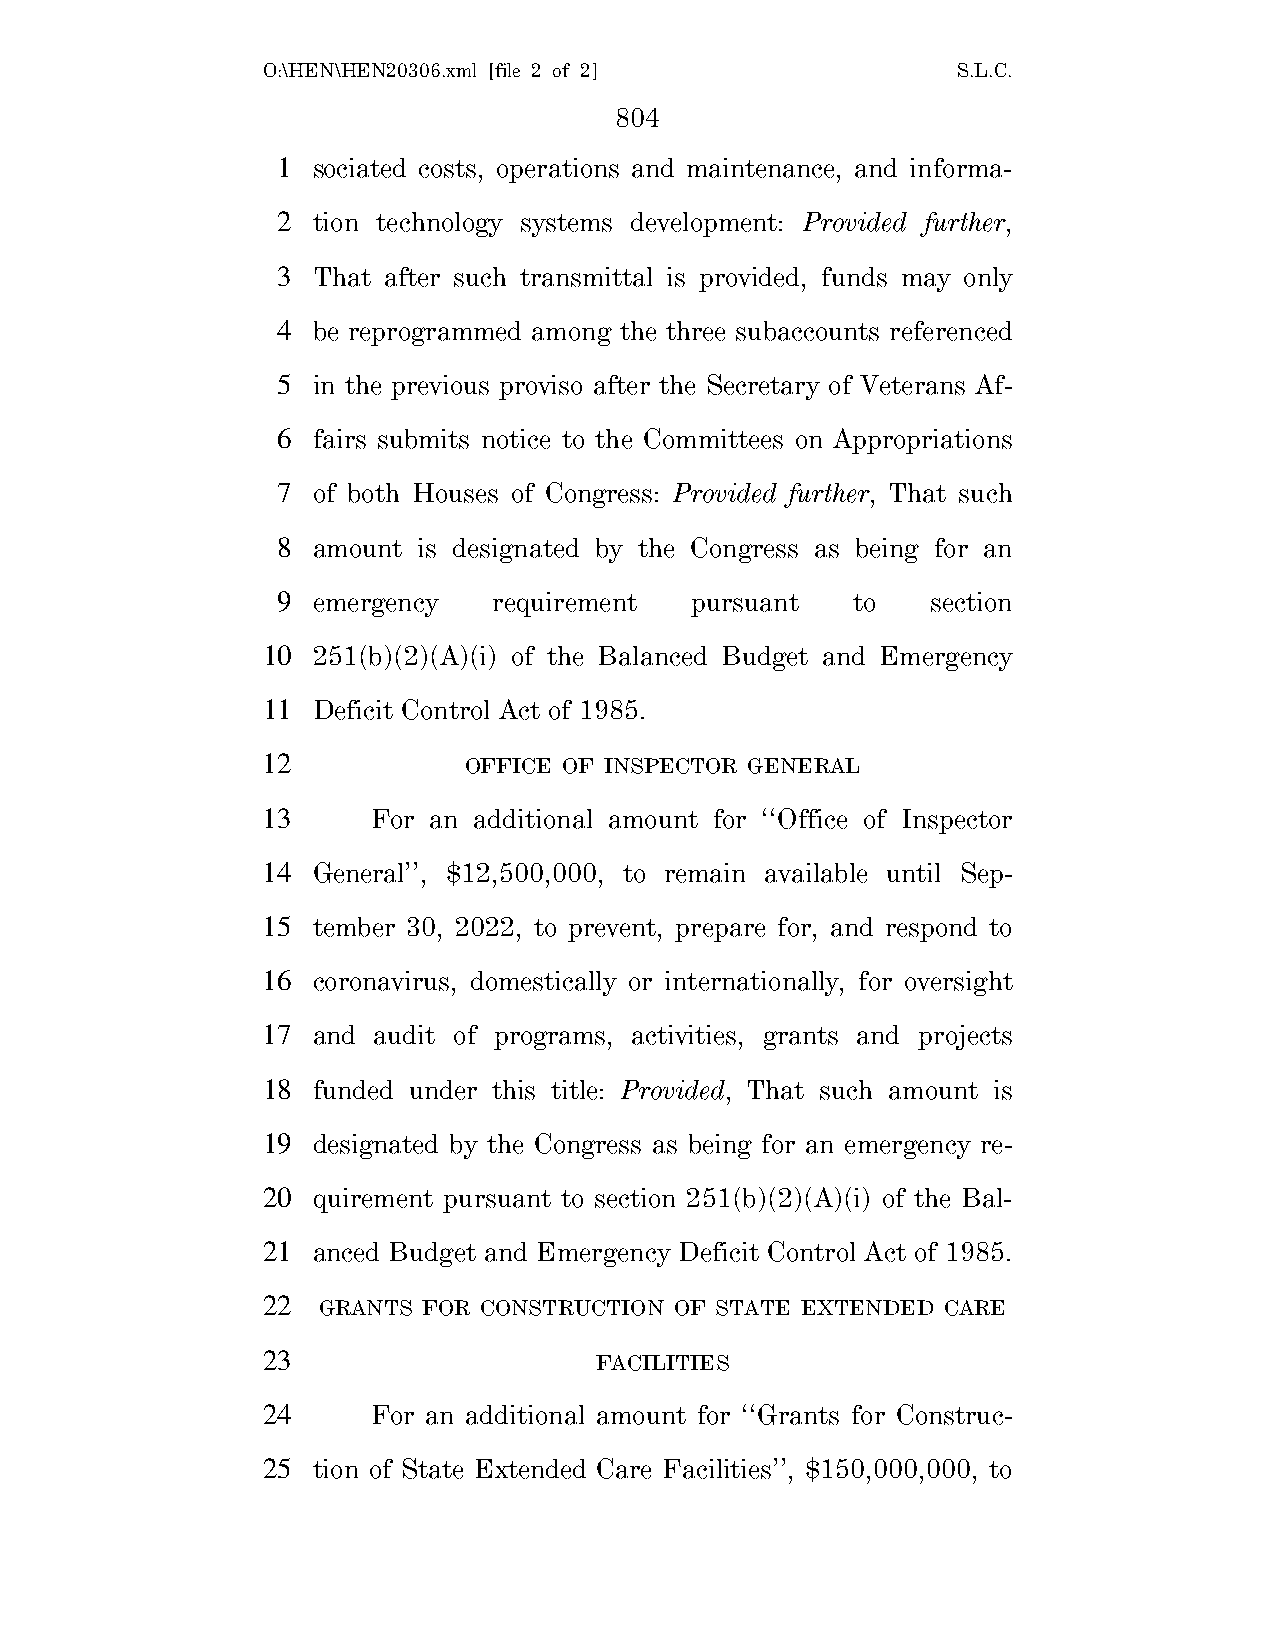
O:\HEN\HEN20306.xml [file 2 of 2]             S.L.C.
 804
 1  sociated costs, operations and maintenance, and informa-
 2  tion technology systems development: Provided further,
 3  That after such transmittal is provided, funds may only
 4  be reprogrammed among the three subaccounts referenced
 5  in the previous proviso after the Secretary of Veterans Af-
 6  fairs submits notice to the Committees on Appropriations
 7  of both Houses of Congress: Provided further, That such
 8  amount is designated by the Congress as being for an
 9  emergency   requirement  pursuant  to    section
 10  251(b)(2)(A)(i) of the Balanced Budget and Emergency
 11  Deficit Control Act of 1985.
 12            OFFICE OF INSPECTOR GENERAL
 13      For an additional amount for ‘‘Office of Inspector
 14  General’’, $12,500,000, to remain available until Sep-
 15  tember 30, 2022, to prevent, prepare for, and respond to
 16  coronavirus, domestically or internationally, for oversight
 17  and audit of programs, activities, grants and projects
 18  funded under this title: Provided, That such amount is
 19  designated by the Congress as being for an emergency re-
 20  quirement pursuant to section 251(b)(2)(A)(i) of the Bal-
 21  anced Budget and Emergency Deficit Control Act of 1985.
 22  GRANTS FOR CONSTRUCTION OF STATE EXTENDED CARE
 23                    FACILITIES
 24      For an additional amount for ‘‘Grants for Construc-
 25  tion of State Extended Care Facilities’’, $150,000,000, to